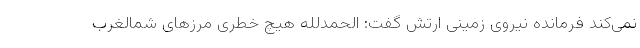
نمی‌کند فرمانده نیروی زمینی ارتش گفت: الحمدلله هیچ خطری مرزهای شمالغرب